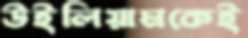
উইলিয়ামকেই